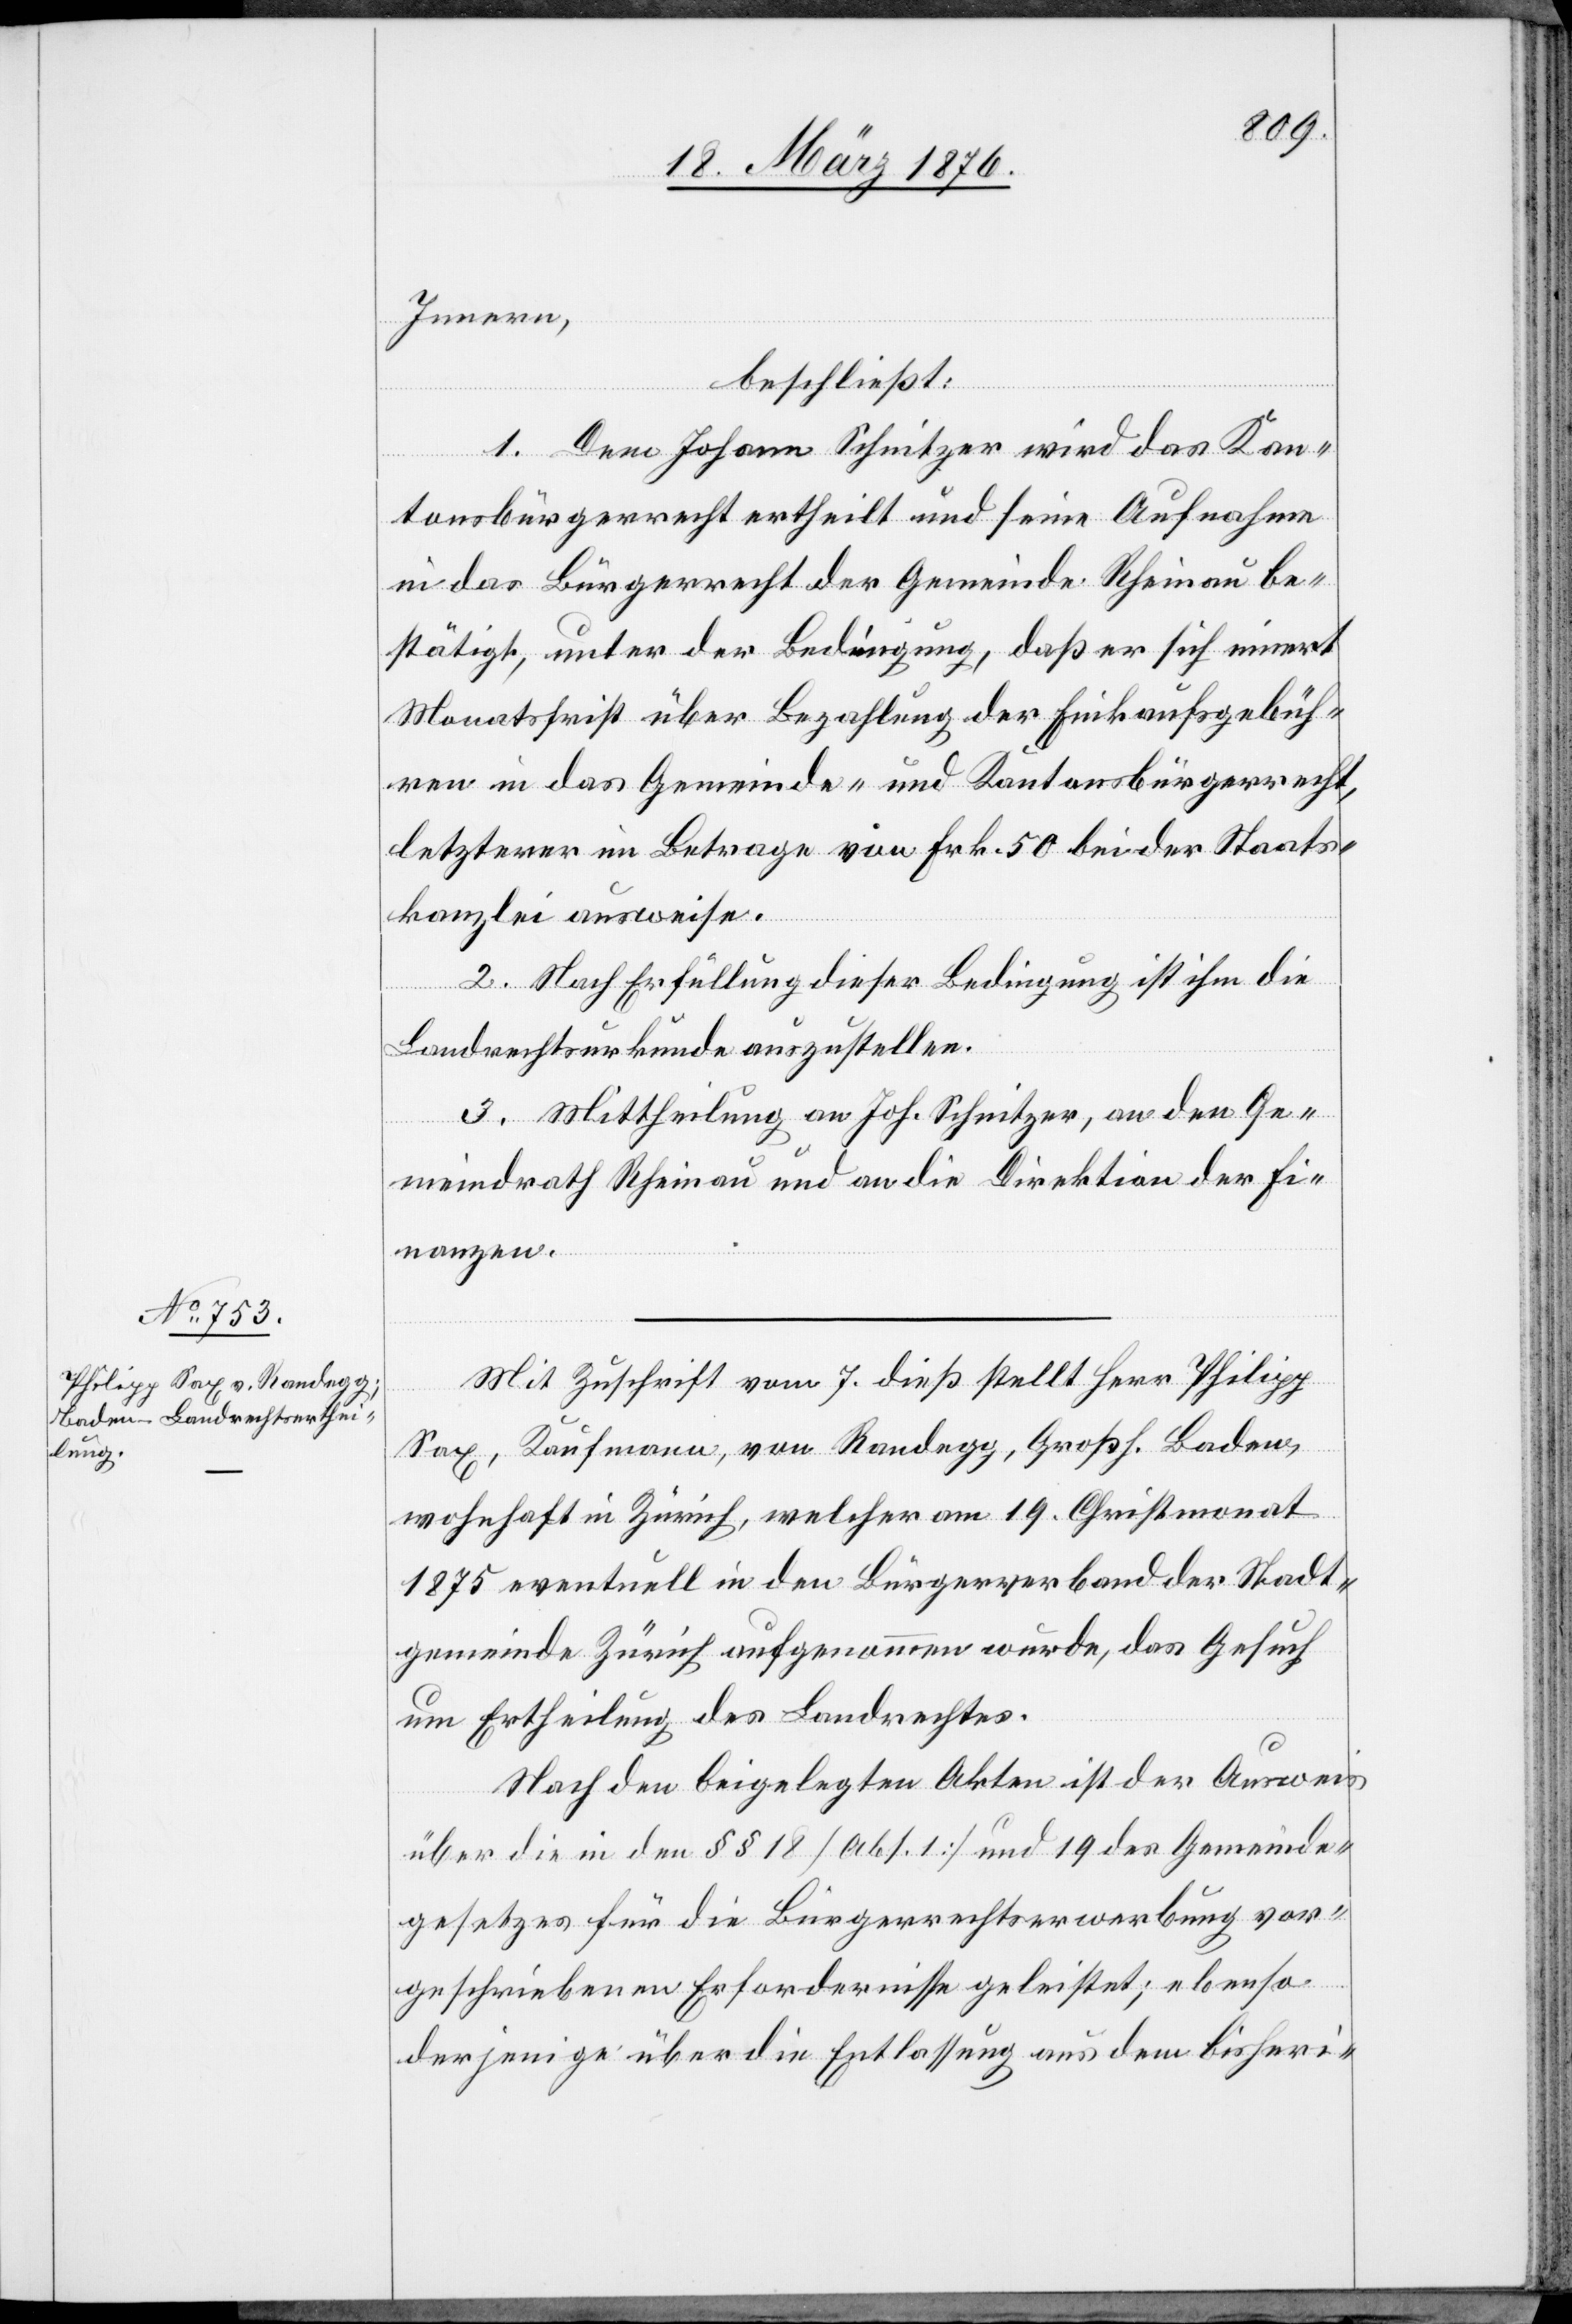
Innern,
beschließt:
1. Dem Johann Schnitzer wird das Kan¬
tonsbürgerrecht ertheilt und seine Aufnahme
in das Bürgerrecht der Gemeinde Rheinau be¬
stätigt, unter der Bedingung, daß er sich innert
Monatsfrist über die Bezahlung der Einkaufsgebüh¬
ren in das Gemeinde- und Kantonsbürgerrecht,
letzterer im Betrage von Frk. 50 bei der Staats¬
kanzlei ausweise.
2. Nach Erfüllung dieser Bedingung ist ihm die
Landrechtsurkunde auszustellen.
3. Mittheilung an Joh. Schreiber, an den Ge¬
meindrath Rheinau und an die Direktion der Fi¬
nanzen.